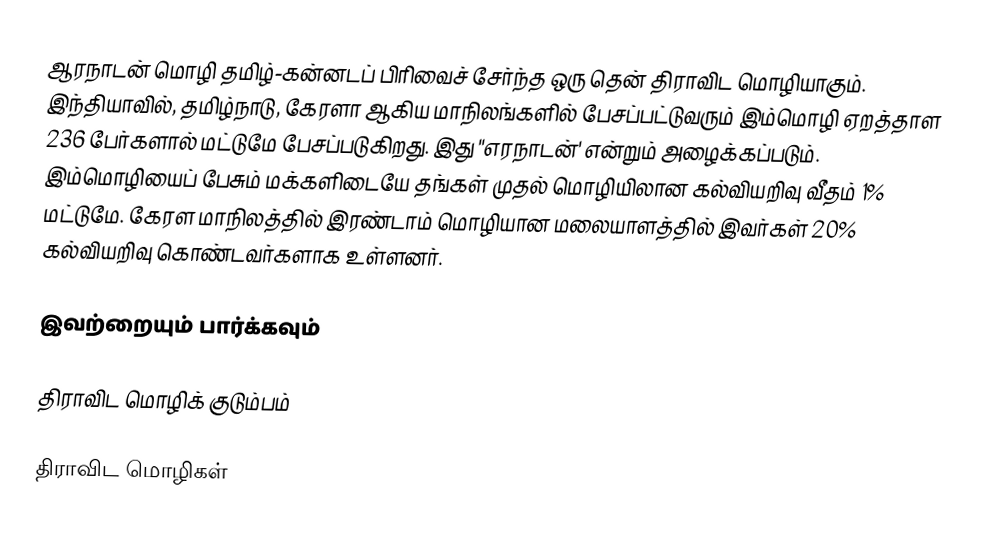
ஆரநாடன் மொழி தமிழ்-கன்னடப் பிரிவைச் சேர்ந்த ஒரு தென் திராவிட மொழியாகும். இந்தியாவில், தமிழ்நாடு, கேரளா ஆகிய மாநிலங்களில் பேசப்பட்டுவரும் இம்மொழி ஏறத்தாள 236 பேர்களால் மட்டுமே பேசப்படுகிறது. இது ''எரநாடன்' என்றும் அழைக்கப்படும். இம்மொழியைப் பேசும் மக்களிடையே தங்கள் முதல் மொழியிலான கல்வியறிவு வீதம் 1% மட்டுமே. கேரள மாநிலத்தில் இரண்டாம் மொழியான மலையாளத்தில் இவர்கள் 20% கல்வியறிவு கொண்டவர்களாக உள்ளனர்.

இவற்றையும் பார்க்கவும்

 திராவிட மொழிக் குடும்பம்

திராவிட மொழிகள்